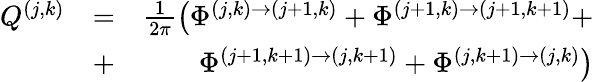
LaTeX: \begin{array}{rlr}{Q^{(j,k)}}&{=}&{\frac{1}{2\pi}\left(\Phi^{(j,k)\rightarrow(j+1,k)}+\Phi^{(j+1,k)\rightarrow(j+1,k+1)}+\right.}\\ &{+}&{\left.\Phi^{(j+1,k+1)\rightarrow(j,k+1)}+\Phi^{(j,k+1)\rightarrow(j,k)}\right)}\end{array}